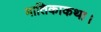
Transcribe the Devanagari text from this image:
मातिकाकथा।